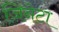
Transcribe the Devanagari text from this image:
जिनेटा